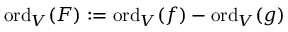
{ \mathrm { o r d } } _ { V } ( F ) : = { \mathrm { o r d } } _ { V } ( f ) - { \mathrm { o r d } } _ { V } ( g )